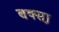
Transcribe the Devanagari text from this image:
बक्सा़